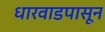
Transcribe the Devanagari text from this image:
धारवाडपासून